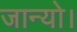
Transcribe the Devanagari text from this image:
जान्यो।